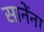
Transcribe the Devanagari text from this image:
सानेंना